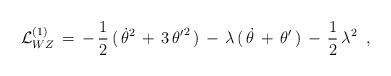
LaTeX: \begin{align*}{\cal L}_{WZ}^{(1)}\,=\,-\,{\frac{1}{2}}\,(\,\dot{\theta}^{2}\,+\,3\,{\theta^{\prime }}^{2}\,)\,-\,\lambda \,(\,\dot{\theta}\,+\,\theta ^{\prime}\,)\,-\,{\frac{1}{2}}\,\lambda ^{2}\;\;,\end{align*}